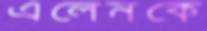
এলেনকে